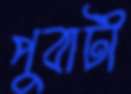
পুবাটী